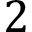
2